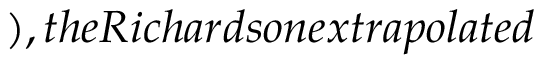
) , t h e R i c h a r d s o n e x t r a p o l a t e d